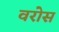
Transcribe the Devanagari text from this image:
वरोस